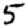
Digit: 5